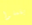
يفعلوا